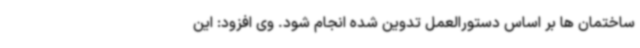
ساختمان ها بر اساس دستورالعمل تدوین شده انجام شود. وی افزود: این